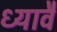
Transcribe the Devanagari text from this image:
ध्यावै